Civil Veterinary Department. United Provinces 1932-42 - 1932-1942
Year: 1932
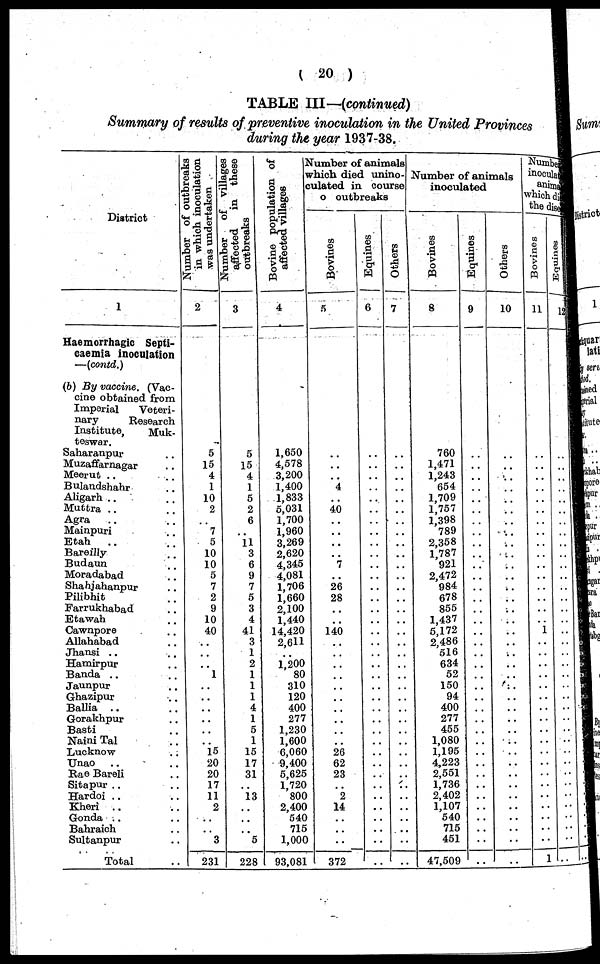
(20)
TABLE III—(continued)
Summary of results of preventive inoculation in the United Provinces
during the year 1937-38.
District
1
Haemorrhagic Septi-
caemia inoculation
—(contd.)
(b) By vaccine. (Vac-
cine obtained from
Imperial
Veteri-
nary
Research
Institute,
Muk-
teswar.
Saharanpur ..
Muzaffarnagar ..
Meerut .. ..
Bulandshahr ..
Aligarh .. ..
Muttra ..
..
Agra .. ..
Mainpuri ..
Etah .. ..
Bareilly ..
Budaun .. ..
Moradabad ..
Shahjahanpur .. ..
Pilibhit ..
Farrukhabad ..
Etawah ..
Cawnpore ..
Allahabad ..
Jhansi .. ..
Hamirpur ..
Banda .. ..
Jaunpur ..
Ghazipur ..
Ballia .. ..
Gorakhpur ..
Basti ..
Naini Tal ..
Lucknow
..
Unao .. ..
Rae Bareli ..
Sitapur .. ..
Hardoi
Kheri .. ..
Gonda .. ..
Bahraich ..
Sultanpur ..
Total ..
Number of outbreaks
in which inoculation
was undertaken
2
5
15
4
1
10
2
..
7
5
10
10
5
7
2
9
10
40
..
..
..
1
..
..
..
..
..
..
15 20
20
17
11
2
..
..
3
231
Number
of villages
affected
in these
outbreaks
3
5
15
4
1
5
2
6
..
11
3
6
9
7
5
3
4
41
3
1
2
1
1
1
4
1
5
1
15
17
31
..
13
..
..
..
5
228
Bovine population of
affected villages
4
1,650
4,578
3,200
1,400
1,833
5,031
1,700
1,960
3,269
2,620
4,345
4,081
1,706
1,660
2,100
1,440
14,420
2,611
..
1,200
80
310
120
400
277
1,230
1,600
6,060
9,400
5,625
1,720
800
2,400
540
715
1,000
93,081
Number of animals
which died unino-
culated in course
o outbreaks
Bovines
5
..
..
..
4
..
40
..
..
..
..
7
..
26
28
..
..
140
..
..
..
..
..
..
..
..
..
..
26
62
23
..
2
14
..
..
..
372
Equines
6
..
..
..
..
..
..
..
..
..
..
..
..
..
..
..
..
..
..
..
..
..
..
..
..
..
..
..
..
..
..
..
..
..
..
..
..
..
Others
7
..
..
..
..
..
..
..
..
..
..
..
..
..
..
..
..
..
..
..
..
..
..
..
..
..
..
..
..
..
..
..
..
..
..
..
..
..
Number of animals
inoculated
Bovines
8
760
1,471
1,243
654
1,709
1,757
1,398
789
2,358
1,787
921
2,472
984
678
855
1,437
5,172
2 486
516
634
52
150
94
400
277
455
1,080
1,195
4,223
2,551
1,736
2,402
1,107
540
715
451
47,509
Equines
9
..
..
..
..
..
..
..
..
..
..
..
..
..
..
..
..
..
..
..
..
..
..
..
..
..
..
..
..
..
..
..
..
..
..
..
..
..
Others
10
..
..
..
..
..
..
..
..
..
..
..
..
..
..
..
..
..
..
..
..
..
..
..
..
..
..
..
..
..
..
..
..
..
..
..
..
..
Number
inocula
anima
which di
the dise
Bovines
11
..
..
..
..
..
..
..
..
..
..
..
..
..
..
..
..
1
..
..
..
..
..
..
..
..
..
..
..
..
..
..
..
..
..
..
..
1
Equines
12
..
..
..
..
..
..
..
..
..
..
..
..
..
..
..
..
..
..
..
..
..
..
..
..
..
..
..
..
..
..
..
..
..
..
..
..
..